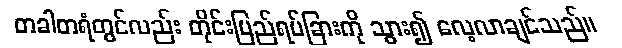
တခါတရံတွင်လည်း တိုင်းပြည်ရပ်ခြားကို သွား၍ လေ့လာချင်သည်။